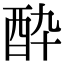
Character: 酔